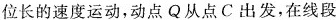
位长的速度运动，动点Q从点C出发，在线段